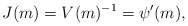
\begin{align*} J(m)= V(m)^{-1}=\psi'(m),\end{align*}